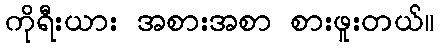
ကိုရီးယား အစားအစာ စားဖူးတယ်။